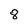
Character: 8